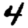
Digit: 4